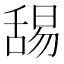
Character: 舓